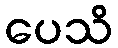
ပေသိ